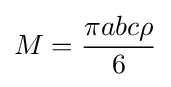
M={\frac {\pi abc\rho }{6}}\,\!